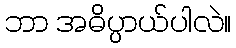
ဘာ အဓိပ္ပာယ်ပါလဲ။